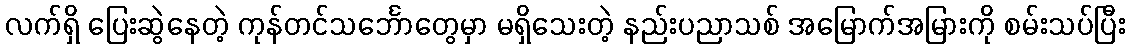
လက်ရှိ ပြေးဆွဲနေတဲ့ ကုန်တင်သင်္ဘောတွေမှာ မရှိသေးတဲ့ နည်းပညာသစ် အမြောက်အမြားကို စမ်းသပ်ပြီး